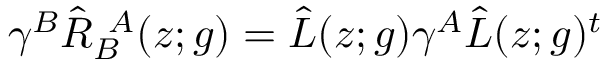
\gamma ^ { B } \hat { R } _ { B } ^ { ~ A } ( z ; g ) = \hat { L } ( z ; g ) \gamma ^ { A } \hat { L } ( z ; g ) ^ { t }